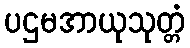
ပဌမအာယုသုတ္တံ